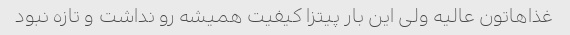
غذاهاتون عالیه ولی این بار پیتزا کیفیت همیشه رو نداشت و تازه نبود